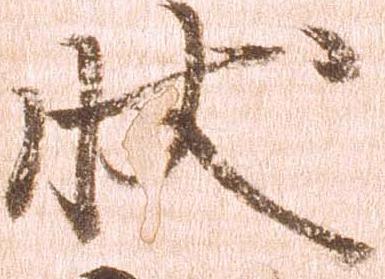
状